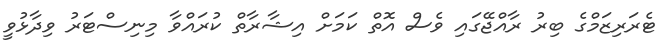
ޓެރަރިޒަމްގެ ބިރު ރާއްޖޭގައި ވެސް އޮތް ކަމަށް އިޝާރާތް ކުރައްވާ މިނިސްޓަރު ވިދާޅުވީ